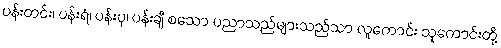
ပန်းတင်း၊ ပန်းရံ၊ ပန်းပု၊ ပန်းချီ စသော ပညာသည်များသည်သာ လူကောင်း သူကောင်းတို့